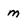
Character: m